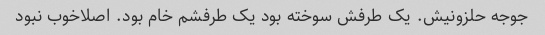
جوجه حلزونیش. یک طرفش سوخته بود یک طرفشم خام بود. اصلاخوب نبود